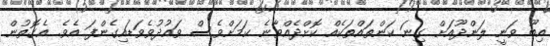
އިބޫ ވަނީ ލަންދޫއަށް ގިނަ ކަންތައްތަކެއް ކޮށްދެއްވާނެ ކަމަށްވެސް ވައުދުވެވަޑައިގެންފަ އެވެ. އެގޮތުން